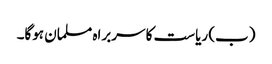
(ب) ریاست کا سربراہ مسلمان ہوگا۔